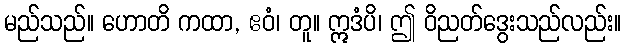
မည်သည်။ ဟောတိ ကထာ, ဧဝံ၊ တူ။ ဣဒံပိ၊ ဤ ဝိညတ်ဒွေးသည်လည်း။